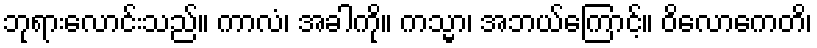
ဘုရားလောင်းသည်။ ကာလံ၊ အခါကို။ ကသ္မာ၊ အဘယ်ကြောင့်။ ဝိလောကေတိ၊